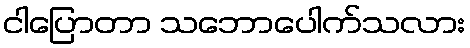
ငါပြောတာ သဘောပေါက်သလား